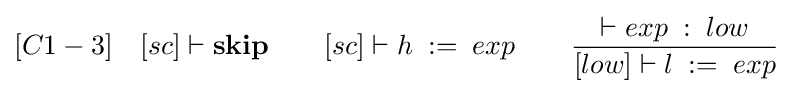
[C1-3]\quad [sc]\vdash {\textbf {skip}}\qquad [sc]\vdash h\;:=\;exp\qquad {\frac {\vdash exp\;:\;low}{[low]\vdash l\;:=\;exp}}